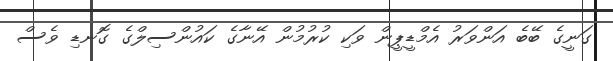
ގަނީގެ ބޭބެ އަންވަރު އެމްޑީޕީން ވަކި ކުރުމުން އޭނާގެ ކައުންސިލްގެ ގޮނޑި ވެސް